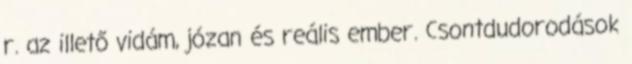
r. az illető vidám, józan és reális ember. Csontdudorodások